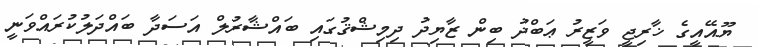
ޔޫއޭއީގެ ޚާރިޖީ ވަޒީރު ޢަބްދު ބިން ޒާޔިދު ދިމިޝްޤުގައި ބައްޝާރުލް އަސަދާ ބައްދަލުކުރައްވަނީ